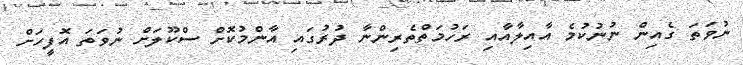
ނުވަތަ ގެއިން ނުނުކުމެ އާއިލާއާއި ރަހުމަތްތެރިންނާ ދުރުގައި އާންމުކޮށް ސްކޫލަށް ނުވަތަ އޮފީހަށް